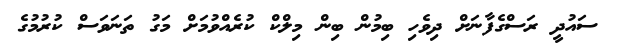
ސައުދީ ރަސްގެފާނަށް ދިވެހި ބިމުން ބިން މިލްކް ކުރެއްވުމަށް މަގު ތަނަވަސް ކުރުމުގެ